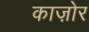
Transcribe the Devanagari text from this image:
काज़ोर